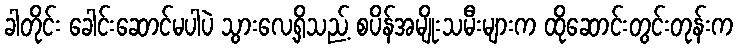
ခါတိုင်း ခေါင်းဆောင်မပါပဲ သွားလေ့ရှိသည့် စပိန်အမျိုးသမီးများက ထိုဆောင်းတွင်းတုန်းက